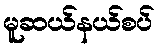
မူဆယ်နယ်စပ်